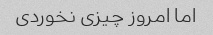
اما امروز چیزی نخوردی